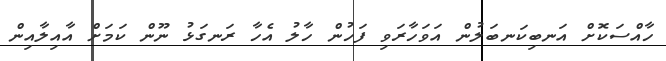
ހާއްސަކޮށް އަނބިކަނބަލުން އަވަހާރަވި ފަހުން ހާލު އެހާ ރަނގަޅު ނޫން ކަމަށް އާއިލާއިން